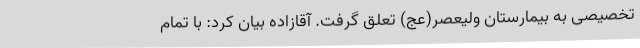
تخصیصی به بیمارستان ولیعصر(عج) تعلق گرفت. آقازاده بیان کرد: با تمام